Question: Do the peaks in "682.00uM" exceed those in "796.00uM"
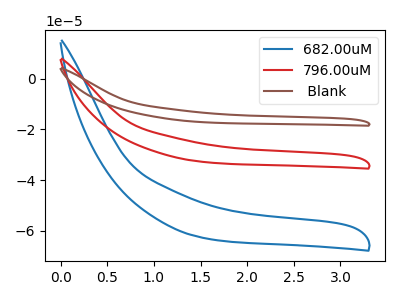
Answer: <think>The blue curve "682.00uM" has no peaks. The red curve "796.00uM" has no peaks. The brown curve " Blank" has no peaks.</think>
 <answer>Niether CV has any peaks.</answer>
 <eval>blanks</eval>